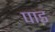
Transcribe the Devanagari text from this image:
पाड